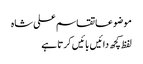
موضوعاتقاسم علی شاہ
لفظ کچھ دائیں بائیں کرتا ہے